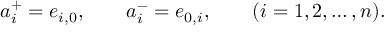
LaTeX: a _ { i } ^ { + } = e _ { i , 0 } , \qquad a _ { i } ^ { - } = e _ { 0 , i } , \qquad ( i = 1 , 2 , \ldots , n ) .